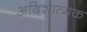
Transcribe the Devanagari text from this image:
अदिशात्मक